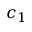
c _ { 1 }